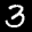
Label: 3